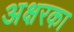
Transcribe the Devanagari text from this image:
अक्षरका